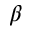
\beta